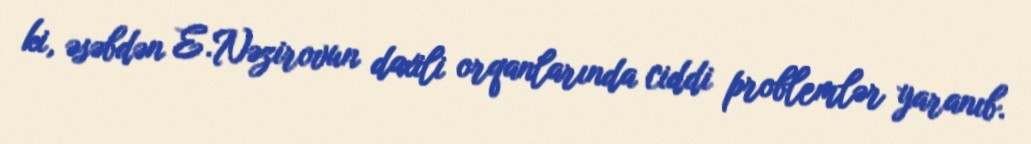
ki, əsəbdən E.Nəzirovun daxili orqanlarında ciddi problemlər yaranıb.